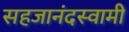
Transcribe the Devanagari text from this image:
सहजानंदस्वामी